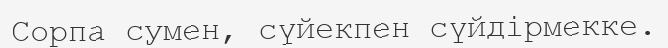
Сорпа сумен, сүйекпен сүйдірмекке.